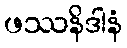
ဖဿနိဒါနံ